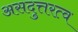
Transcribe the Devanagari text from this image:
असदुत्तरत्व